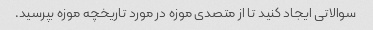
سوالاتی ایجاد کنید تا از متصدی موزه در مورد تاریخچه موزه بپرسید.